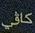
كاقي